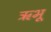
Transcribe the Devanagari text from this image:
ऋभू